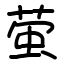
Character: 萤